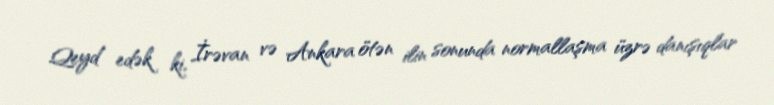
Qeyd edək ki, İrəvan və Ankara ötən ilin sonunda normallaşma üzrə danışıqlar